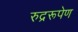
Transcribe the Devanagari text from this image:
रुद्ररूपेण